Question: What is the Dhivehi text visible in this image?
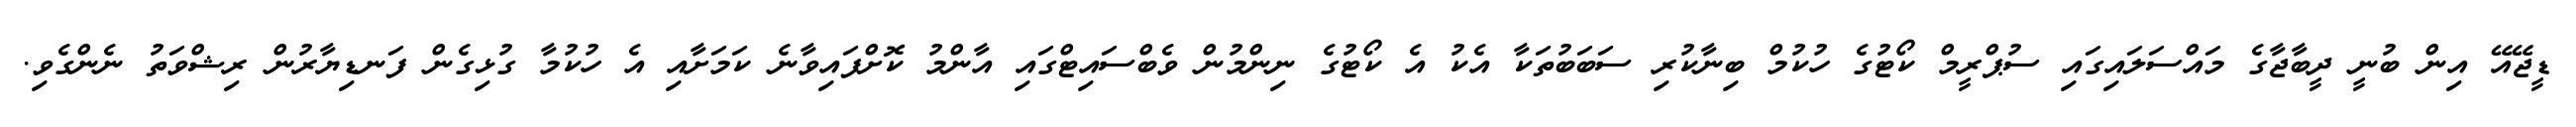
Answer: ޑީޖޭއޭ އިން ބުނީ ދީބާޖާގެ މައްސަލައިގައި ސުޕްރީމް ކޯޓުގެ ހުކުމް ބިނާކުރި ސަބަބުތަކާ އެކު އެ ކޯޓުގެ ނިންމުން ވެބްސައިޓްގައި އާންމު ކޮށްފައިވާނެ ކަމަށާއި އެ ހުކުމާ ގުޅިގެން ފަނޑިޔާރުން ރިޝްވަތު ނެންގެވި.